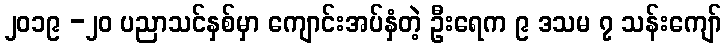
၂၀၁၉ -၂၀ ပညာသင်နှစ်မှာ ကျောင်းအပ်နှံတဲ့ ဦးရေက ၉ ဒသမ ၇ သန်းကျော်